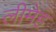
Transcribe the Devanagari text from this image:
लीमेह